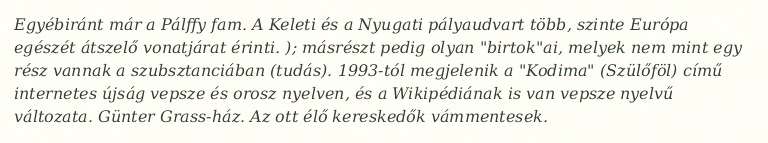
Egyébiránt már a Pálffy fam. A Keleti és a Nyugati pályaudvart több, szinte Európa egészét átszelő vonatjárat érinti. ); másrészt pedig olyan "birtok"ai, melyek nem mint egy rész vannak a szubsztanciában (tudás). 1993-tól megjelenik a "Kodima" (Szülőföl) című internetes újság vepsze és orosz nyelven, és a Wikipédiának is van vepsze nyelvű változata. Günter Grass-ház. Az ott élő kereskedők vámmentesek.